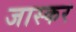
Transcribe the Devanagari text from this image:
जास्कर